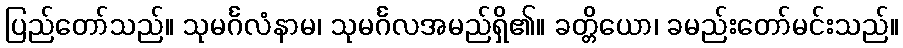
ပြည်တော်သည်။ သုမင်္ဂလံနာမ၊ သုမင်္ဂလအမည်ရှိ၏။ ခတ္တိယော၊ ခမည်းတော်မင်းသည်။